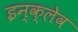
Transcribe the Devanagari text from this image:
इन्क्लेव